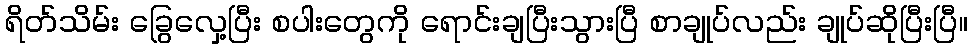
ရိတ်သိမ်း ခြွေလှေ့ပြီး စပါးတွေကို ရောင်းချပြီးသွားပြီ စာချုပ်လည်း ချုပ်ဆိုပြီးပြီ။